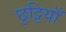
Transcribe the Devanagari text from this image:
छुट्टियाँ